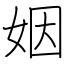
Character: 姻